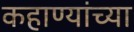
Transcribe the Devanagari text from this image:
कहाण्यांच्या